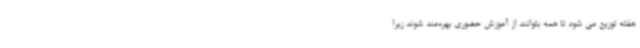
هفته توزیع می شود تا همه بتوانند از آموزش حضوری بهره‌مند شوند زیرا